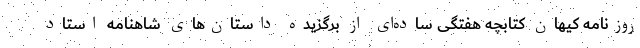
روزنامه کیهان کتابچه هفتگی ساده‌ای از برگزیده داستان‌های شاهنامه استاد